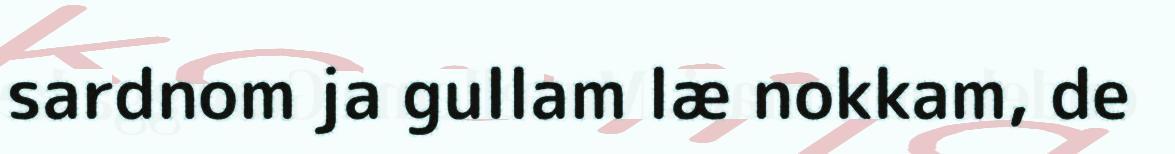
sardnom ja gullam læ nokkam, de